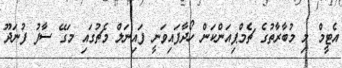
އެޓީމް މި މުބާރާތުގެ ޗެމްޕިއަންކަން ހޯދާފައިވަނީ ފައިނަލް މެޗުގައި މަގޭ ސާފު ފުނަދޫ